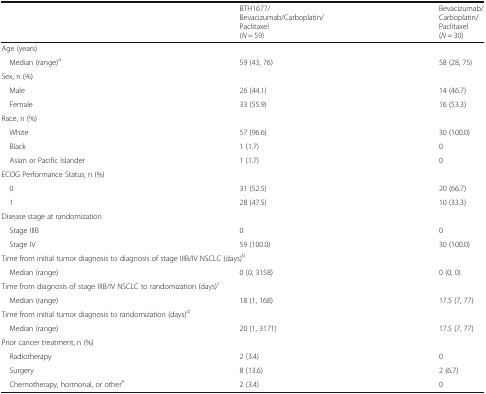
<table><thead><tr><td></td><td><b>BTH1677/Bevacizumab/Carboplatin/Paclitaxel(<i>N</i> = 59)</b></td><td><b>Bevacizumab/Carboplatin/Paclitaxel(<i>N</i> = 30)</b></td></tr></thead><tbody><tr><td colspan="3">Age (years)</td></tr><tr><td> Median (range)<sup>a</sup></td><td>59 (43, 76)</td><td>58 (28, 75)</td></tr><tr><td colspan="3">Sex, n (%)</td></tr><tr><td> Male</td><td>26 (44.1)</td><td>14 (46.7)</td></tr><tr><td> Female</td><td>33 (55.9)</td><td>16 (53.3)</td></tr><tr><td colspan="3">Race, n (%)</td></tr><tr><td> White</td><td>57 (96.6)</td><td>30 (100.0)</td></tr><tr><td> Black</td><td>1 (1.7)</td><td>0</td></tr><tr><td> Asian or Pacific Islander</td><td>1 (1.7)</td><td>0</td></tr><tr><td colspan="3">ECOG Performance Status, n (%)</td></tr><tr><td> 0</td><td>31 (52.5)</td><td>20 (66.7)</td></tr><tr><td> 1</td><td>28 (47.5)</td><td>10 (33.3)</td></tr><tr><td colspan="3">Disease stage at randomization</td></tr><tr><td> Stage IIIB</td><td>0</td><td>0</td></tr><tr><td> Stage IV</td><td>59 (100.0)</td><td>30 (100.0)</td></tr><tr><td colspan="3">Time from initial tumor diagnosis to diagnosis of stage IIIB/IV NSCLC (days)<sup>b</sup></td></tr><tr><td> Median (range)</td><td>0 (0, 3158)</td><td>0 (0, 0)</td></tr><tr><td colspan="3">Time from diagnosis of stage IIIB/IV NSCLC to randomization (days)<sup>c</sup></td></tr><tr><td> Median (range)</td><td>18 (1, 168)</td><td>17.5 (7, 77)</td></tr><tr><td colspan="3">Time from initial tumor diagnosis to randomization (days)<sup>d</sup></td></tr><tr><td> Median (range)</td><td>20 (1, 3171)</td><td>17.5 (7, 77)</td></tr><tr><td colspan="3">Prior cancer treatment, n (%)</td></tr><tr><td> Radiotherapy</td><td>2 (3.4)</td><td>0</td></tr><tr><td> Surgery</td><td>8 (13.6)</td><td>2 (6.7)</td></tr><tr><td> Chemotherapy, hormonal, or other<sup>e</sup></td><td>2 (3.4)</td><td>0</td></tr></tbody></table>